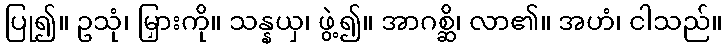
ပြု၍။ ဥသုံ၊ မြှားကို။ သန္နယှ၊ ဖွဲ့၍။ အာဂစ္ဆိ၊ လာ၏။ အဟံ၊ ငါသည်။